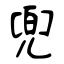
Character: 兜